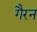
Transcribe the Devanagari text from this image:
गैरन